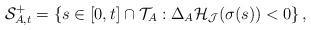
LaTeX: \begin{align*} \mathcal{S}^+_{A,t}=\left\{s \in [0,t] \cap\mathcal{T}_A :\Delta_A \mathcal{H}_{\mathcal{J}}(\sigma(s))< 0 \right\},\end{align*}